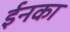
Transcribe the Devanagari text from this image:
ईनका